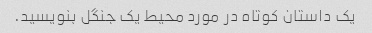
یک داستان کوتاه در مورد محیط یک جنگل بنویسید.